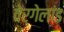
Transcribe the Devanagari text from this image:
वेर्गेलांड